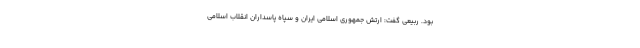
بود. ربیعی گفت: ارتش جمهوری اسلامی ایران و سپاه پاسداران انقلاب اسلامی